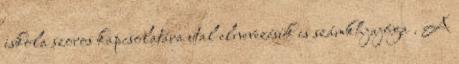
iskola szoros kapcsolatára utal elnevezésük is számkhjajóga . A